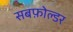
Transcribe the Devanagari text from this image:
सबफ़ोल्डर